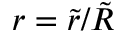
r = \tilde { r } / \tilde { R }